Leaving Certificate Examination, 1904
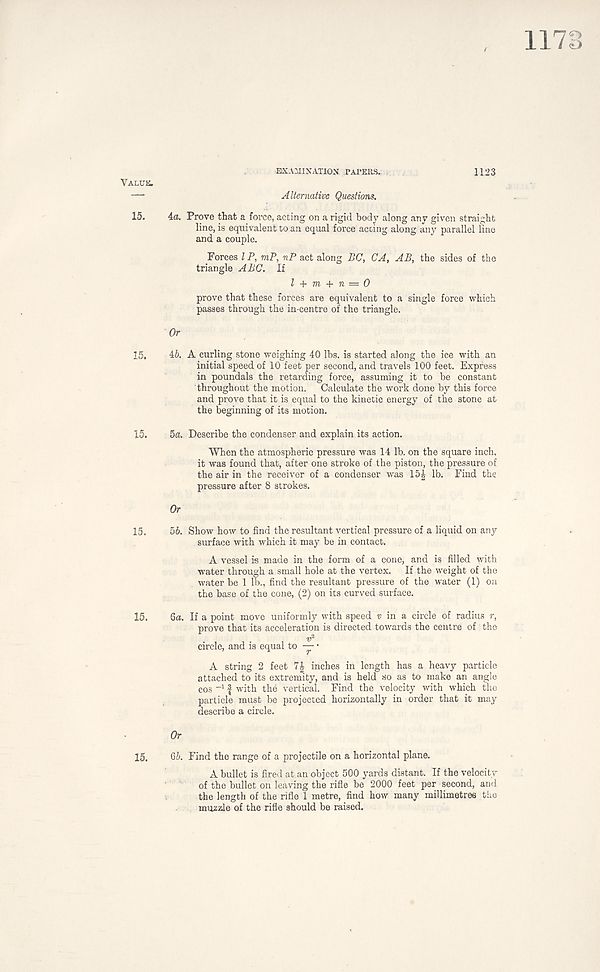
EXAMINATION .PAPEKS. ,
1123
Alternative Questions.
4a. Prove that a force, acting on a rigid body along any given straight
line, is equivalent to an equal force acoing along any parallel line
and a couple.
Forces l P, mP, nP act along PC, CA, AB, the sides of the
triangle ABC. If
l + m + n — 0
prove that these forces are equivalent to a single force which
passes through the in-centre of the triangle.
Or
ib. A curling stone weighing 40 lbs. is started along the ice with an
initial speed of 10 feet per second, and travels 100 feet. Express
in poundals the retarding force, assuming it to be constant
throughout the motion. Calculate the work done by this force
and prove that it is equal to the kinetic energy of the stone at
the beginning of its motion.
5a. Describe the condenser and explain its action.
When the atmospheric pressure was 14 lb. on the square inch,
it was found that, after one stroke of the piston, the pressure of
the air in the receiver of a condenser was 15 j lb. Find the
pressure after 8 strokes.
Or
5b. Show how to find the resultant vertical pressure of a liquid on any
surface with which it may be in contact.
A vessel is made in the form of a cone, and is filled with
water through a small hole at the vertex. If the weight of the
water be 1 lb., find the resultant pressure of the water (1) on
the base of the cone, (2) on its curved surface.
6a. If a point move uniformly with speed v in a circle of radius r,
prove that its acceleration is directed towards the centre of the
circle, and is equal to — •
A string 2 feet inches in length has a heavy particle
attached to its extremity, and is held so as to make an angle
cos ~l f with the vertical. Find the velocity with which the
particle must be projected horizontally in order that it may
describe a circle.
Or
6b. Find the range of a projectile on a horizontal plane.
A bullet is fired at an object 500 yards distant. If the velocit y'
of the bullet on leaving the rifle be 2000 feet per second, and
the length of the rifle 1 metre, find how many millimetres the
muzzle of the rifle should be raised.